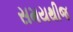
સમયથીજ